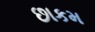
છાકમ